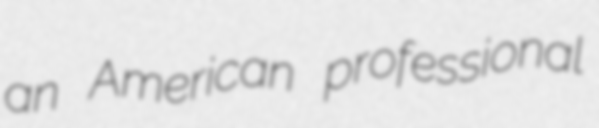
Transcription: an American professional